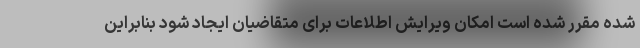
شده مقرر شده است امکان ویرایش اطلاعات برای متقاضیان ایجاد شود بنابراین